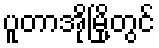
ပူတာအိုမြို့တွင်